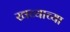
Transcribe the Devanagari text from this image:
खव्याच्या